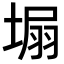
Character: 𡍾